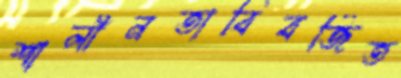
শালীনতাবিবর্জিত